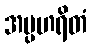
အပ္ပဟရိတံ